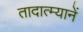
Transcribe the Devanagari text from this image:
तादात्म्यानें